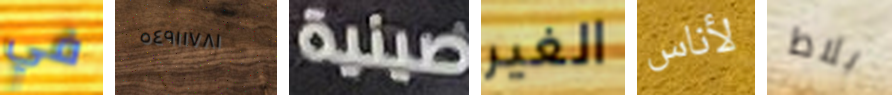
في ٥٤٩١١٧٨١ صينية الغير لأناس بلاط